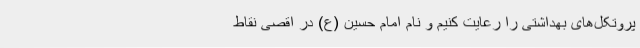
پروتکل‌های بهداشتی را رعایت کنیم و نام امام حسین (ع) در اقصی نقاط